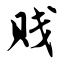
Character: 贱